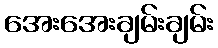
အေးအေးချမ်းချမ်း